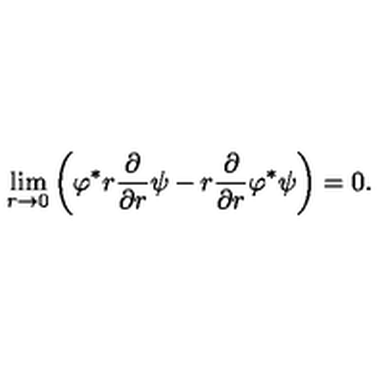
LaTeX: \lim _ { r \to 0 } \left( \varphi ^ { \ast } r { \frac { \partial } { \partial r } } \psi - r { \frac { \partial } { \partial r } } \varphi ^ { \ast } \psi \right) = 0 .